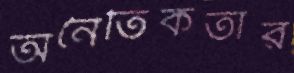
অনৈতিকতার